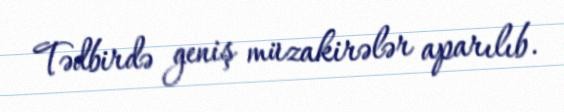
Tədbirdə geniş müzakirələr aparılıb.